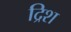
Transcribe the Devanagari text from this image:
द्रिश